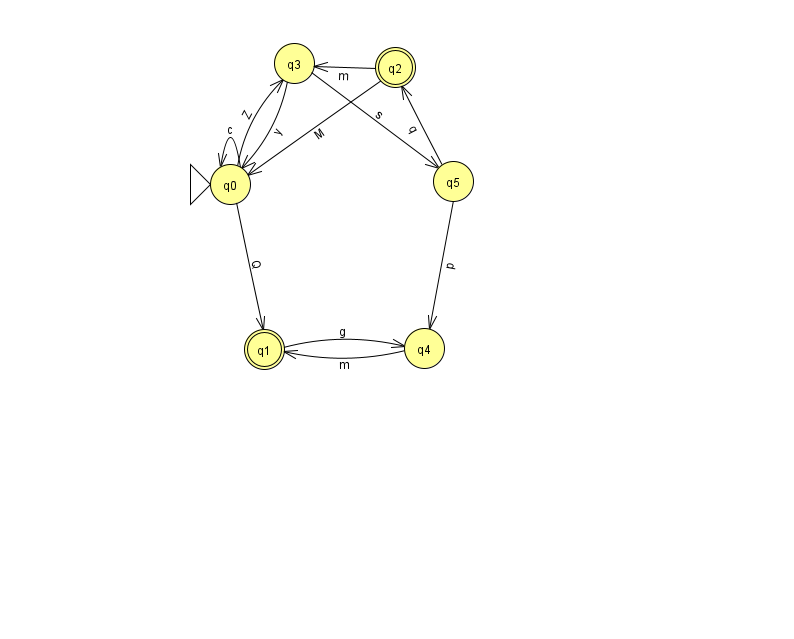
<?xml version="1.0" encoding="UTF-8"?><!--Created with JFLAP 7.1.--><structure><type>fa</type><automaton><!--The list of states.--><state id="0" name="q0"><x>230.0</x><y>171.0</y><initial/></state><state id="1" name="q1"><x>264.0</x><y>336.0</y><final/></state><state id="2" name="q2"><x>395.0</x><y>54.0</y><final/></state><state id="3" name="q3"><x>294.0</x><y>50.0</y></state><state id="4" name="q4"><x>424.0</x><y>335.0</y></state><state id="5" name="q5"><x>453.0</x><y>168.0</y></state><!--The list of transitions.--><transition><from>3</from><to>0</to><read>y</read></transition><transition><from>5</from><to>4</to><read>p</read></transition><transition><from>2</from><to>3</to><read>m</read></transition><transition><from>4</from><to>1</to><read>m</read></transition><transition><from>0</from><to>0</to><read>c</read></transition><transition><from>0</from><to>1</to><read>Q</read></transition><transition><from>0</from><to>3</to><read>Z</read></transition><transition><from>3</from><to>5</to><read>s</read></transition><transition><from>1</from><to>4</to><read>g</read></transition><transition><from>2</from><to>0</to><read>M</read></transition><transition><from>5</from><to>2</to><read>q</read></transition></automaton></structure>